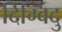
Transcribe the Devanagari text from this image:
दिग्विंदु